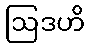
ဩဒဟိ